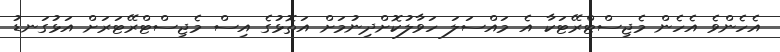
އެހެންވެ އެހެން މެޖިސްޓްރޭޓަކާ އެ މައްސަލަ ހަވާލުކޮށްދިނުމަށް އަތޮޅުގެ އިސް މެޖިސްޓްރޭޓަރަށް އަޅުގަނޑު